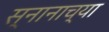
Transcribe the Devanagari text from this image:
स्नानाच्या